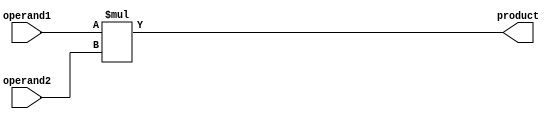
module multiplier(
  input [7:0] operand1,
  input [7:0] operand2,
  output reg [15:0] product
);

always @* begin
  product = operand1 * operand2;
end

endmodule